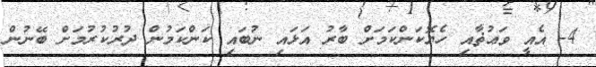
4- އެއީ ވަޢުޡާއި ހެޔޮކަންކަމަށް ބާރު އަޅައި ނުބައި ކަންކަމުން ދުރުކުރުމަށް ބޭނުން